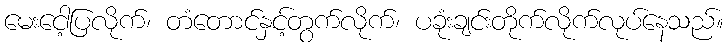
မေးငေါ့ပြလိုက်၊ တံတောင်နှင့်တွက်လိုက်၊ ပခုံးချင်းတိုက်လိုက်လုပ်နေသည်။